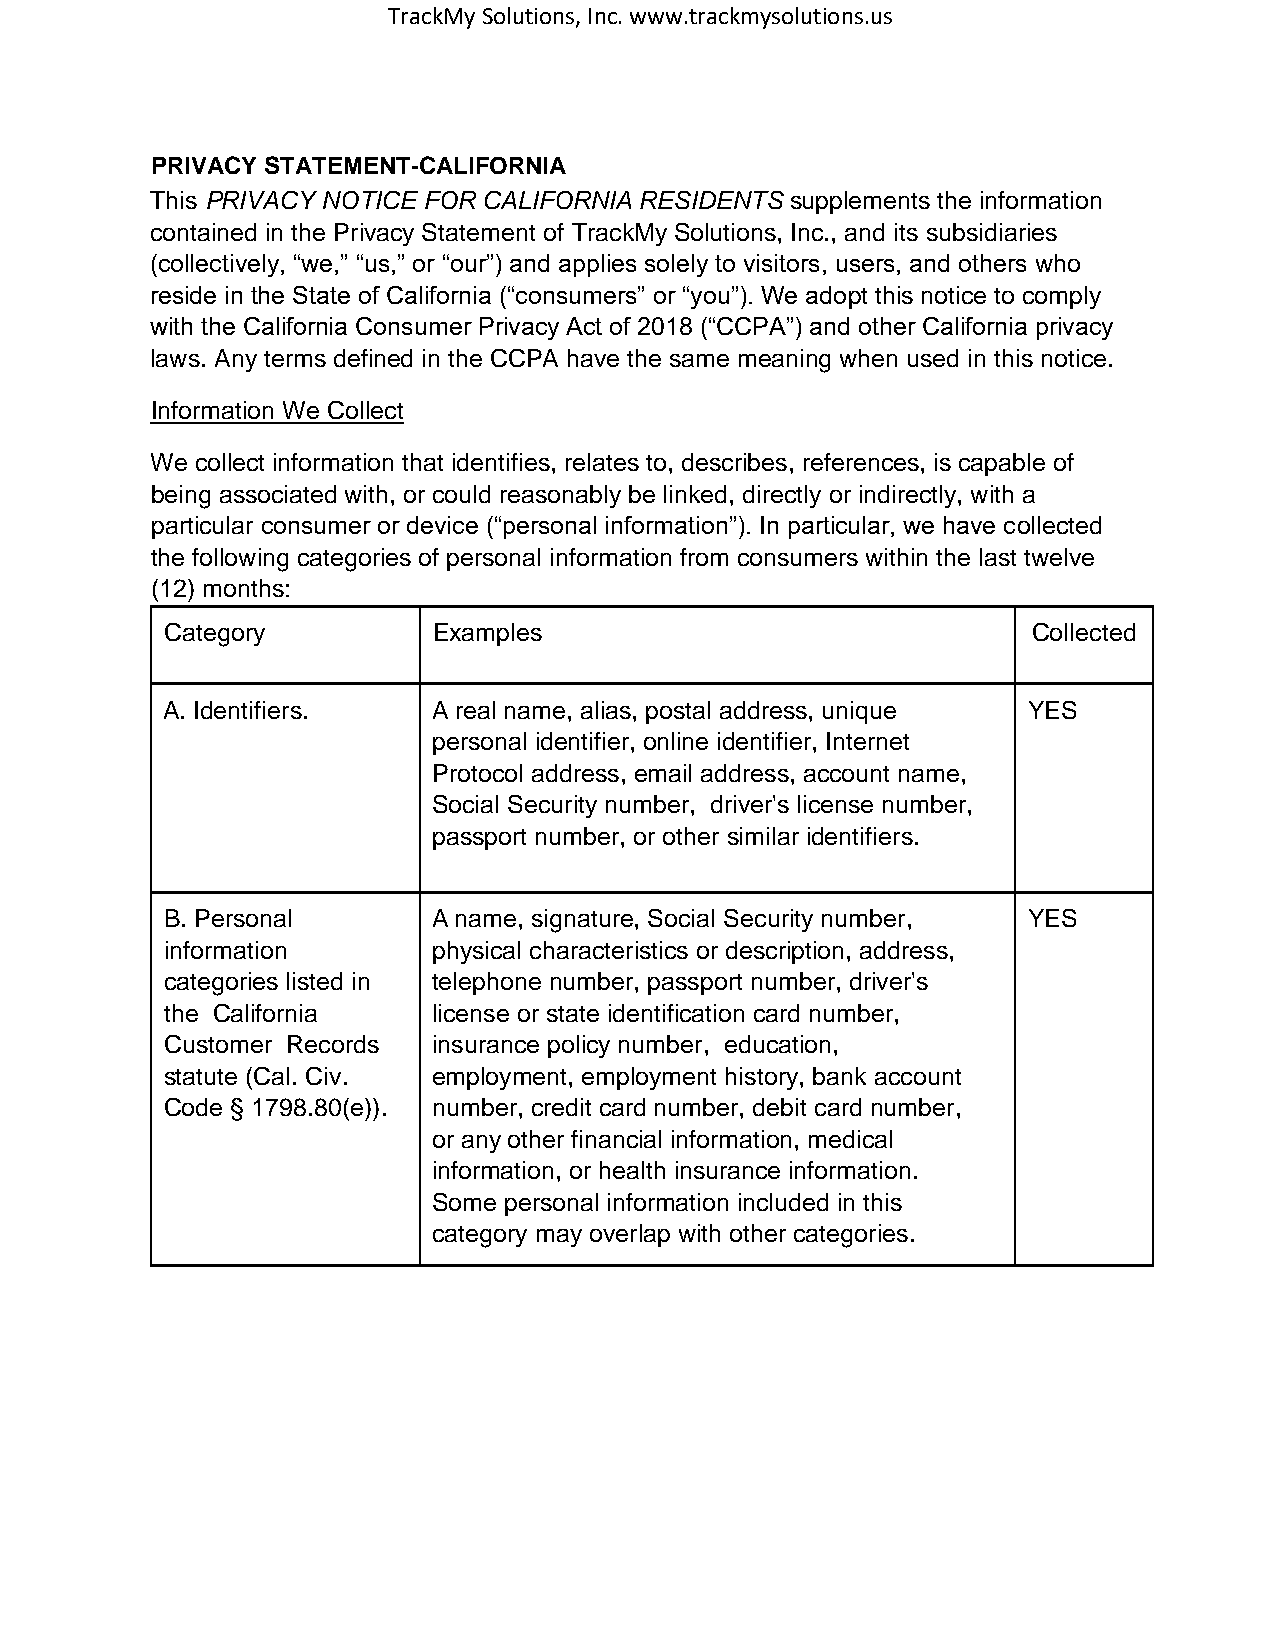
TrackMy Solutions, Inc. www.trackmysolutions.us
 PRIVACY STATEMENT-CALIFORNIA
 This PRIVACY NOTICE FOR CALIFORNIA RESIDENTS supplements the information
 contained in the Privacy Statement of TrackMy Solutions, Inc., and its subsidiaries
 (collectively, “we,” “us,” or “our”) and applies solely to visitors, users, and others who
 reside in the State of California (“consumers” or “you”). We adopt this notice to comply
 with the California Consumer Privacy Act of 2018 (“CCPA”) and other California privacy
 laws. Any terms defined in the CCPA have the same meaning when used in this notice.
 Information We Collect
 We collect information that identifies, relates to, describes, references, is capable of
 being associated with, or could reasonably be linked, directly or indirectly, with a
 particular consumer or device (“personal information”). In particular, we have collected
 the following categories of personal information from consumers within the last twelve
 (12) months:
 Category          Examples                               Collected
 A. Identifiers.   A real name, alias, postal address, unique YES
 personal identifier, online identifier, Internet
 Protocol address, email address, account name,
 Social Security number, driver's license number,
 passport number, or other similar identifiers.
 B. Personal       A name, signature, Social Security number, YES
 information       physical characteristics or description, address,
 categories listed in telephone number, passport number, driver's
 the California    license or state identification card number,
 Customer Records  insurance policy number, education,
 statute (Cal. Civ. employment, employment history, bank account
 Code § 1798.80(e)). number, credit card number, debit card number,
 or any other financial information, medical
 information, or health insurance information.
 Some personal information included in this
 category may overlap with other categories.